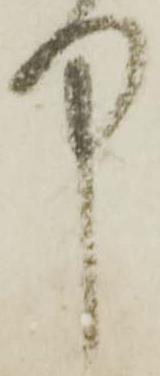
中